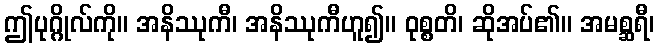
ဤပုဂ္ဂိုလ်ကို။ အနိဿုကီ၊ အနိဿုကီဟူ၍။ ဝုစ္စတိ၊ ဆိုအပ်၏။ အမစ္ဆရီ၊